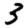
Digit: 3